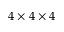
4 \times 4 \times 4